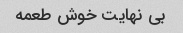
بی نهایت خوش طعمه